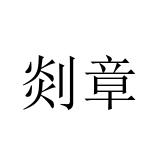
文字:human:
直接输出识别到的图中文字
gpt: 剡章